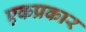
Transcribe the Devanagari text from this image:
एकप्रकार